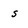
Character: s